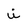
Character: i